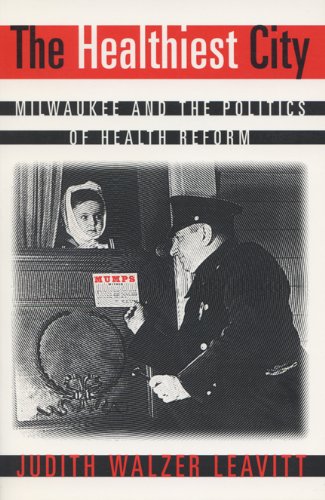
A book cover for The Healthiest City: Milwaukee and the Politics of Health Reform; Judith W. Leavitt; Travel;